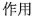
作用